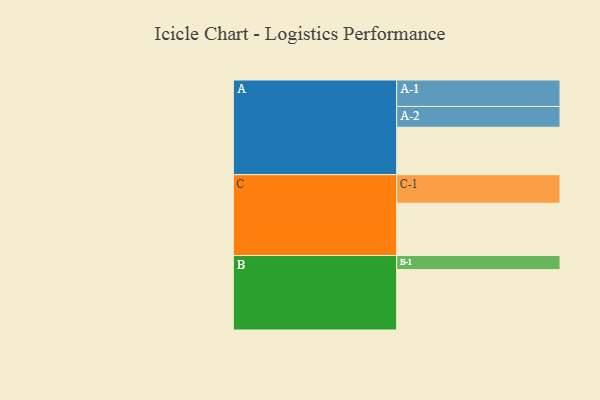
{"axis": {"x": "Segment", "y": "Value"}, "legend": ["", "A", "B", "C"], "data": [{"x": "A", "y": 411, "type": ""}, {"x": "B", "y": 523, "type": ""}, {"x": "C", "y": 453, "type": ""}, {"x": "A-1", "y": 229, "type": "A"}, {"x": "A-2", "y": 180, "type": "A"}, {"x": "B-1", "y": 122, "type": "B"}, {"x": "C-1", "y": 247, "type": "C"}]}